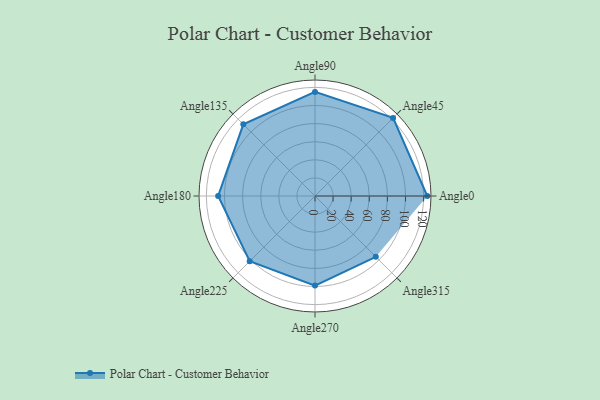
{"axis": {"x": "Angle", "y": "Radius"}, "legend": [""], "data": [{"x": "Angle0", "y": 124.0, "type": ""}, {"x": "Angle45", "y": 122.0, "type": ""}, {"x": "Angle90", "y": 115.0, "type": ""}, {"x": "Angle135", "y": 112.0, "type": ""}, {"x": "Angle180", "y": 107.0, "type": ""}, {"x": "Angle225", "y": 102.0, "type": ""}, {"x": "Angle270", "y": 99.0, "type": ""}, {"x": "Angle315", "y": 95.0, "type": ""}]}